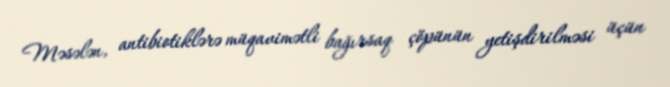
Məsələn, antibiotiklərə müqavimətli bağırsaq çöpünün yetişdirilməsi üçün